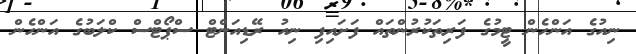
ނިއުގެ އަންހެން ޓީމުގެ ފަރިތަކުރުންތައް ފަށައިފި ނިއު ރޭޑިއަންޓް ސްޕޯޓްސް ކްލަބުގެ އަންހެން